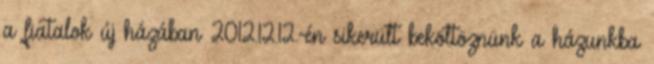
a fiatalok új házában 2012.12.12.-én sikerült beköltöznünk a házunkba